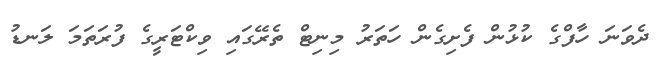
ދެވަނަ ހާފްގެ ކުޅުން ފެށިގެން ހަތަރު މިނިޓް ތެރޭގައި ވިކްޓަރީގެ ފުރަތަމަ ލަނޑު